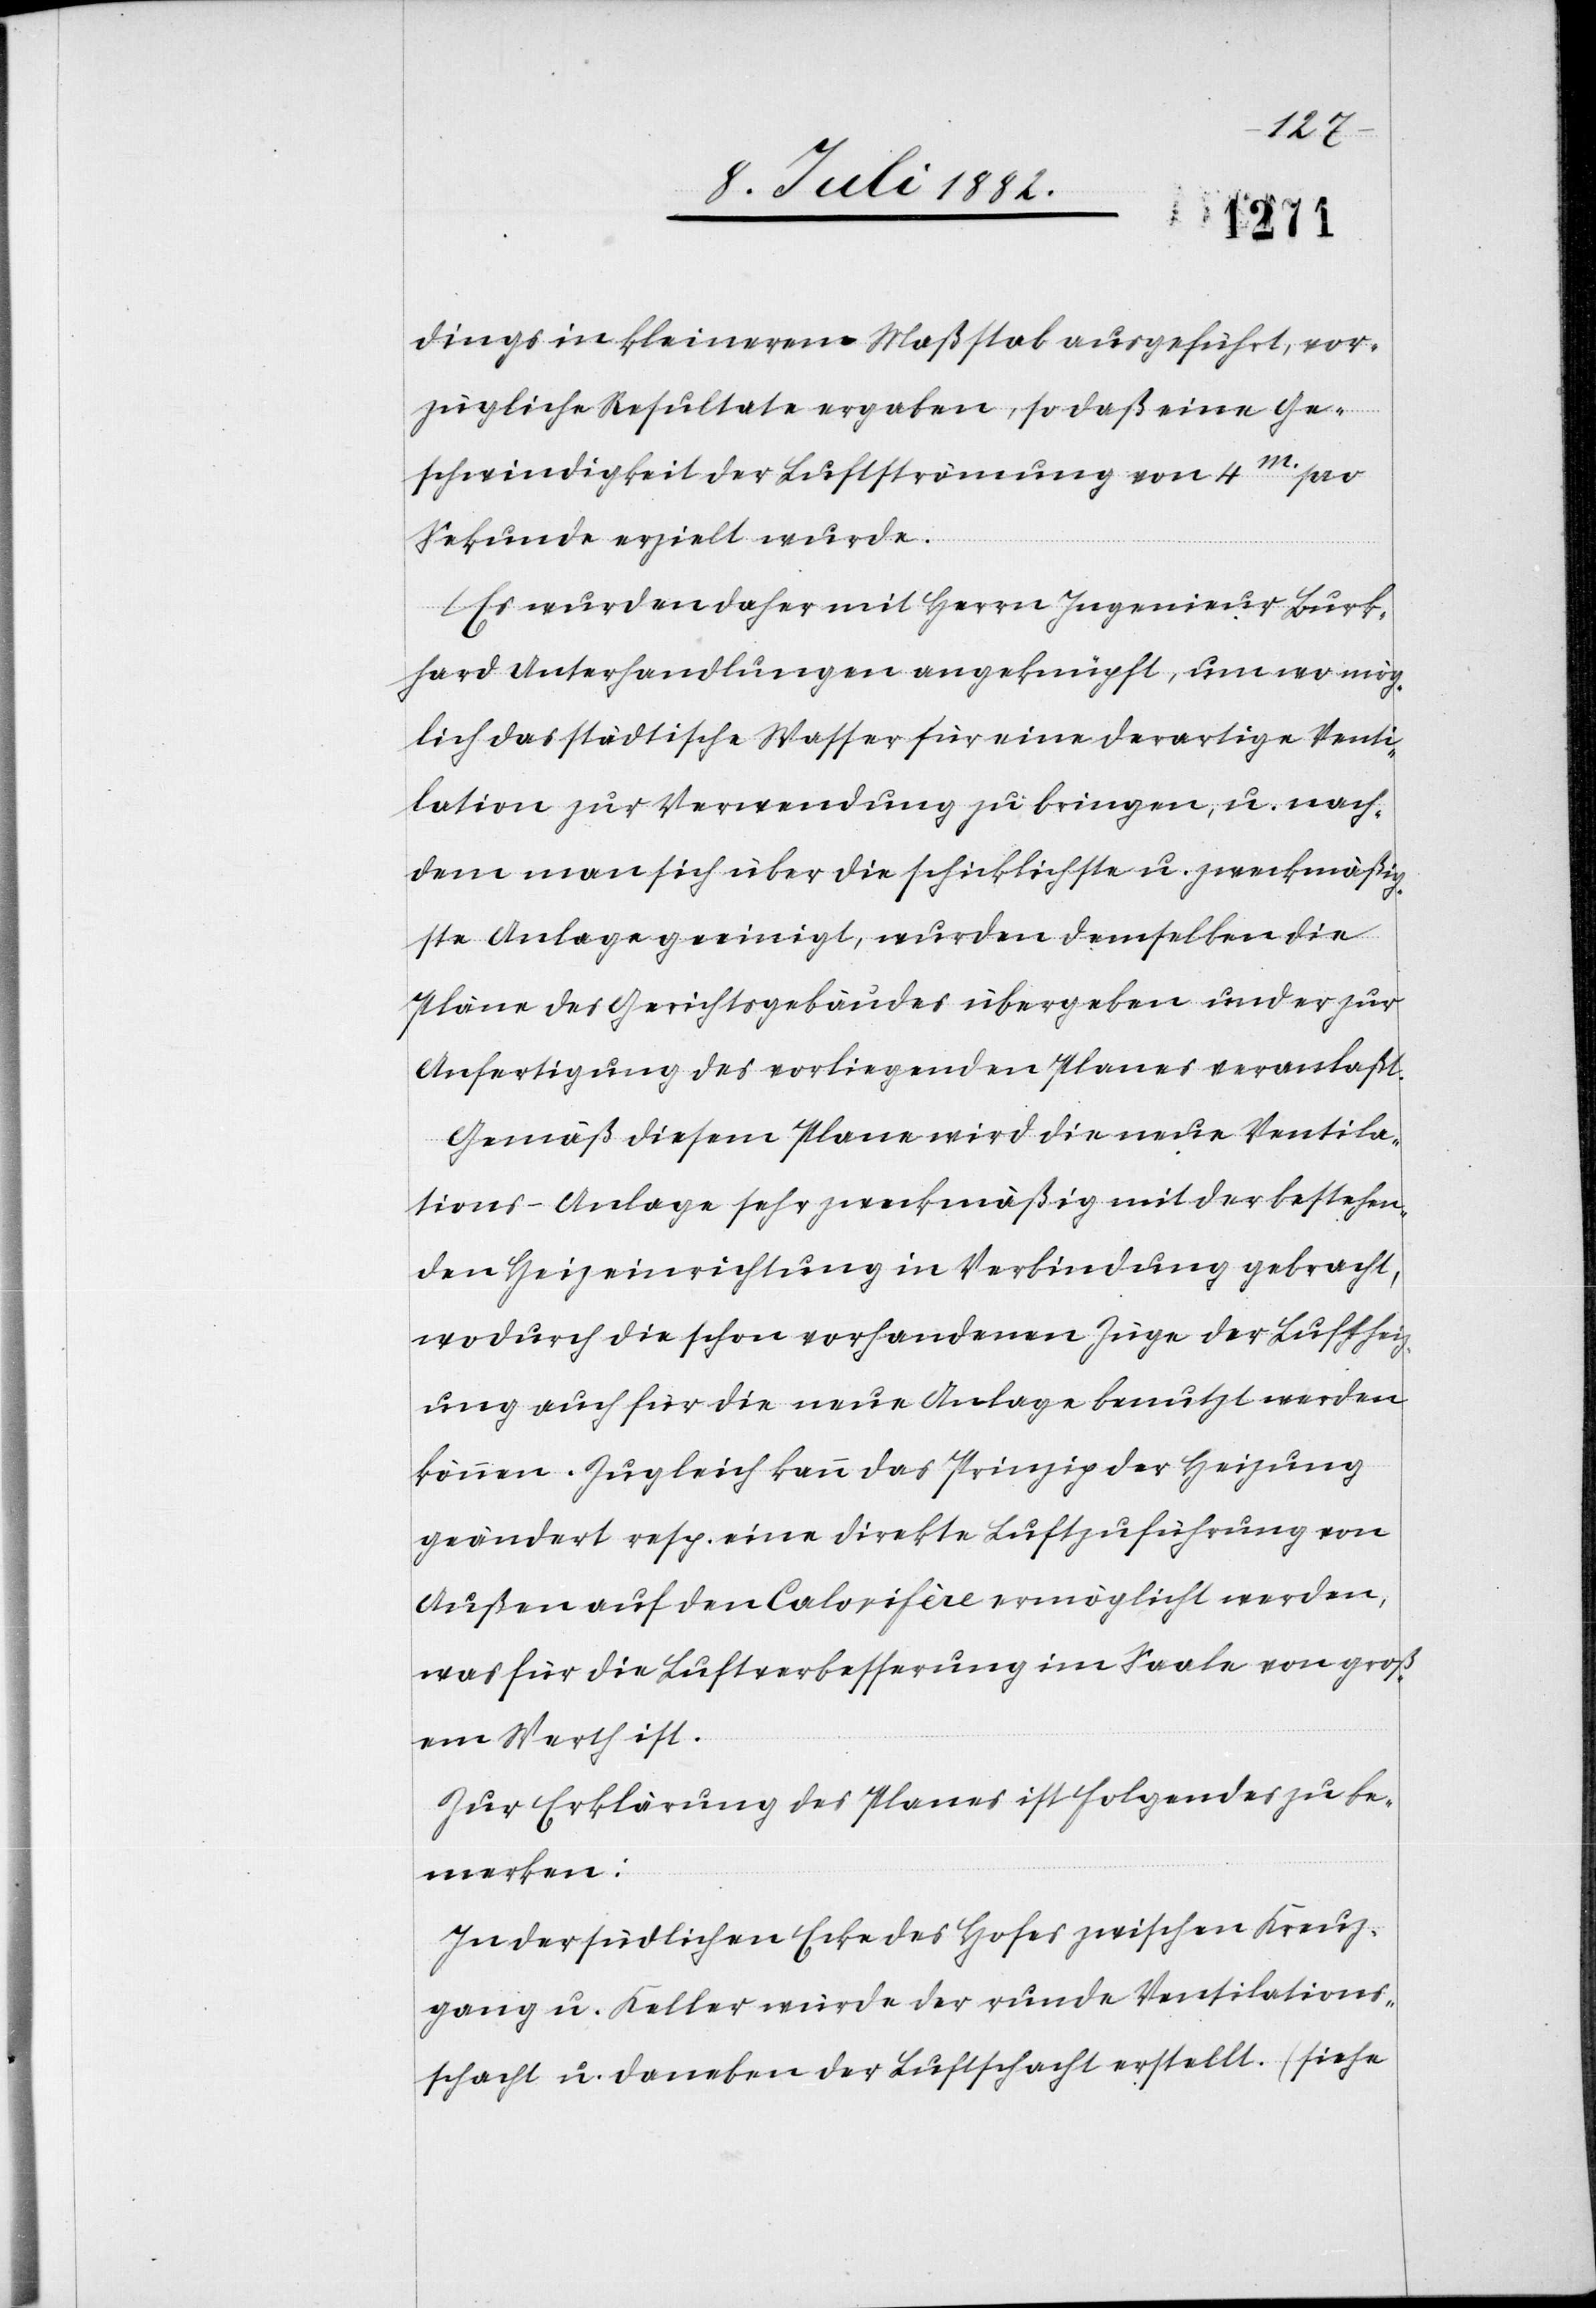
dings in kleinerem Maßstab ausgeführt, vor¬
zügliche Resultate ergeben, so daß eine Ge¬
schwindigkeit der Luftströmung von 4m pro
Sekunde erzielt wurde.
Es wurden daher mit Herrn Ingenieur Burk¬
hard Unterhandlungen angeknüpft, um wo mög¬
lich das städtische Wasser für eine derartige Venti¬
lation zur Verwendung zu bringen, u. nach¬
dem man sich über die schicklichste u. zweckmäßig¬
ste Anlage geeinigt, wurden demselben die
Pläne des Gerichtsgebäudes übergeben und er zur
Anfertigung des vorliegenden Planes veranlaßt.
Gemäß diesem Plane wird die neue Ventila¬
tions-Anlage sehr zweckmäßig mit der bestehen¬
den Heizeinrichtung in Verbindung gebracht,
wodurch die schon vorhandenen Züge der Lufthei¬
zung auch für die neue Anlage benutzt werden
können. Zugleich kann das Prinzip der Heizung
geändert resp. eine direkte Luftzuführung von
Außen auf den Calorifère ermöglicht werden,
was für die Luftverbesserung im Saale von groß¬
em Werth ist.
Zur Erklärung des Planes ist folgendes zu be¬
merken:
In der südlichen Erle des Hofes zwischen Kreuz¬
gang u. Keller würde der runde Ventilations¬
schacht u. daneben der Luftschacht erstellt. (siehe